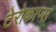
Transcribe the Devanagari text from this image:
टेरोकाप्स